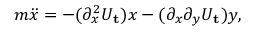
\begin{array} { r } { m \ddot { x } = - ( \partial _ { x } ^ { 2 } U _ { \mathbf { t } } ) x - ( \partial _ { x } \partial _ { y } U _ { \mathbf { t } } ) y , } \end{array}